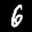
Label: 6